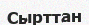
Сырттан